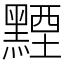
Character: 黫